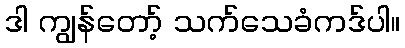
ဒါ ကျွန်တော့် သက်သေခံကဒ်ပါ။